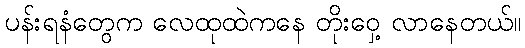
ပန်းရနံတွေက လေထုထဲကနေ တိုးဝှေ့ လာနေတယ်။